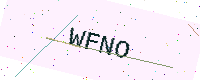
Text: WFNO